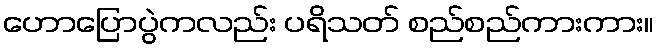
ဟောပြောပွဲကလည်း ပရိသတ် စည်စည်ကားကား။